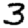
Digit: 3